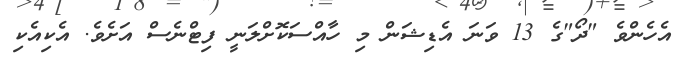
އެހެންވެ "ދޯ"ގެ 13 ވަނަ އެޑިޝަން މި ހާއްސަކޮށްލަނީ ފިޓްނެސް އަށެވެ. އެކިއެކި